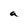
Character: a